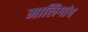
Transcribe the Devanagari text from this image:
मालिगांव